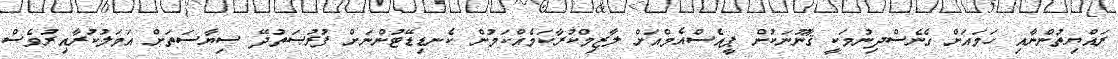
ރައްޔިތުންނާއި ހަމައަށް ގެނެސްދިނުމަކީ ޤާނޫނަކުން ޕީއެސްއެމްއަށް ލާޒިމްކުރާކަމެއްކަމުން ކެނޑިޑޭޓުންނަށް ފުރުޞަތުދޭ ސިޔާސަތަށް އަމަލުކުރާއިރުވެސް